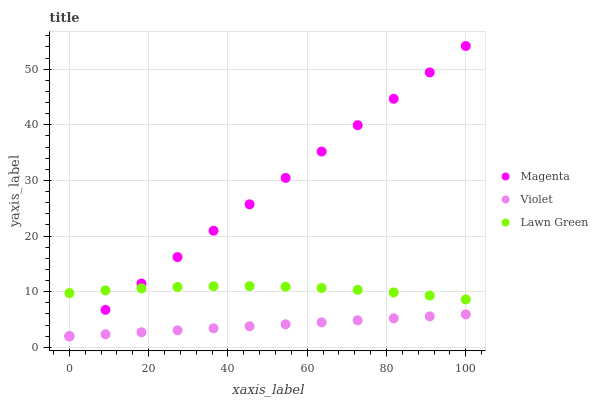
| xaxis_label | Magenta | Violet | Lawn Green |
 | --- | --- | --- | --- |
 | 0 | 2 | 2 | 9.76 |
 | 9.09 | 6.74 | 2.36 | 10.2 |
 | 18.2 | 11.5 | 2.71 | 10.6 |
 | 27.3 | 16.2 | 3.07 | 10.9 |
 | 36.4 | 21 | 3.43 | 11 |
 | 45.5 | 25.7 | 3.79 | 11 |
 | 54.5 | 30.5 | 4.14 | 10.9 |
 | 63.6 | 35.2 | 4.5 | 10.7 |
 | 72.7 | 39.9 | 4.86 | 10.3 |
 | 81.8 | 44.7 | 5.21 | 9.88 |
 | 90.9 | 49.4 | 5.57 | 9.31 |
 | 100 | 54.2 | 5.93 | 8.62 |